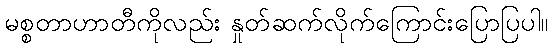
မစ္စတာဟာတီကိုလည်း နှုတ်ဆက်လိုက်ကြောင်းပြောပြပါ။